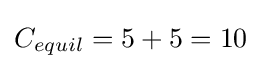
C_{equil}=5+5=10